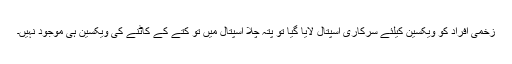
زخمی افراد کو ویکسین کیلئے سرکاری اسپتال لایا گیا تو پتہ چلا اسپتال میں تو کتے کے کاٹنے کی ویکسین ہی موجود نہیں۔